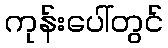
ကုန်းပေါ်တွင်